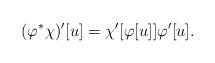
LaTeX: \begin{align*}(\varphi^*\chi)'[u] = \chi'[\varphi[u]] \varphi'[u]. \end{align*}